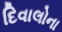
દિવાલોના